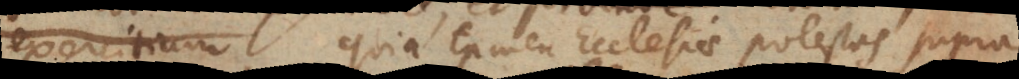
suffragiis, quia tamen Ecclesiae potestas supra